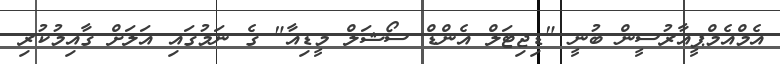
އެމްއެމްޕީއާރުސީން ބުނީ "ޑިޖިޓަލް އެންޑް ސޯޝަލް މީޑިއާ" ގެ ނަމުގައި އަލަށް ގާއިމުކުރި